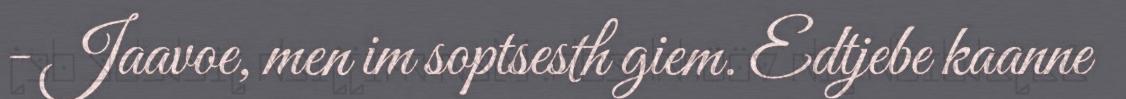
- Jaavoe, men im soptsesth giem. Edtjebe kaanne